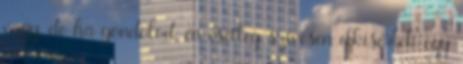
vagy, de ha gondolod, én esetleg szívesen elkísérlek egy